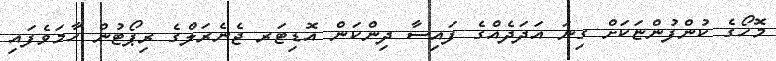
މޮހޯގެ ކުންފުންޏަކަށް ގިނަ އަދަދެއްގެ ފައިސާ ދިންކަން އޮޑިޓަރ ޖެނެރަލްގެ ރިޕޯޓުން ހާމަވެފައި